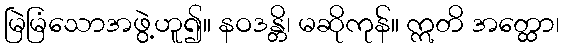
မြဲမြံသောအဖွဲ့ဟူ၍။ နဝဒန္တိ၊ မဆိုကုန်။ ဣတိ အတ္ထော၊